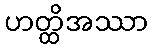
ဟတ္ထိအဿာ